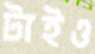
টাইও